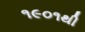
૧૯૦૧થી